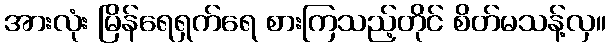
အားလုံး မြိန်ရေရှက်ရေ စားကြသည့်တိုင် စိတ်မသန့်လှ။